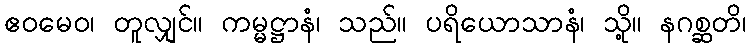
ဧဝမေဝ၊ တူလျှင်။ ကမ္မဋ္ဌာနံ၊ သည်။ ပရိယောသာနံ၊ သို့။ နဂစ္ဆတိ၊